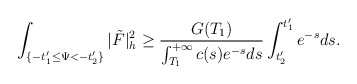
\begin{align*}\int_{\{-t'_1\le\Psi<-t'_2\}}|\tilde{F}|^2_h\ge\frac{G(T_1)}{\int_{T_1}^{+\infty}c(s)e^{-s}ds}\int_{t'_2}^{t'_1}e^{-s}ds.\end{align*}